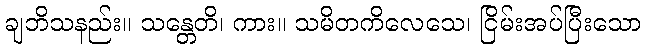
ချဘိသနည်း။ သန္တေတိ၊ ကား။ သမိတကိလေသေ၊ ငြိမ်းအပ်ပြီးသော